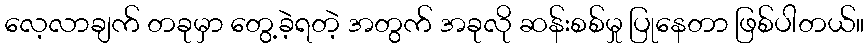
လေ့လာချက် တခုမှာ တွေ့ခဲ့ရတဲ့ အတွက် အခုလို ဆန်းစစ်မှု ပြုနေတာ ဖြစ်ပါတယ်။